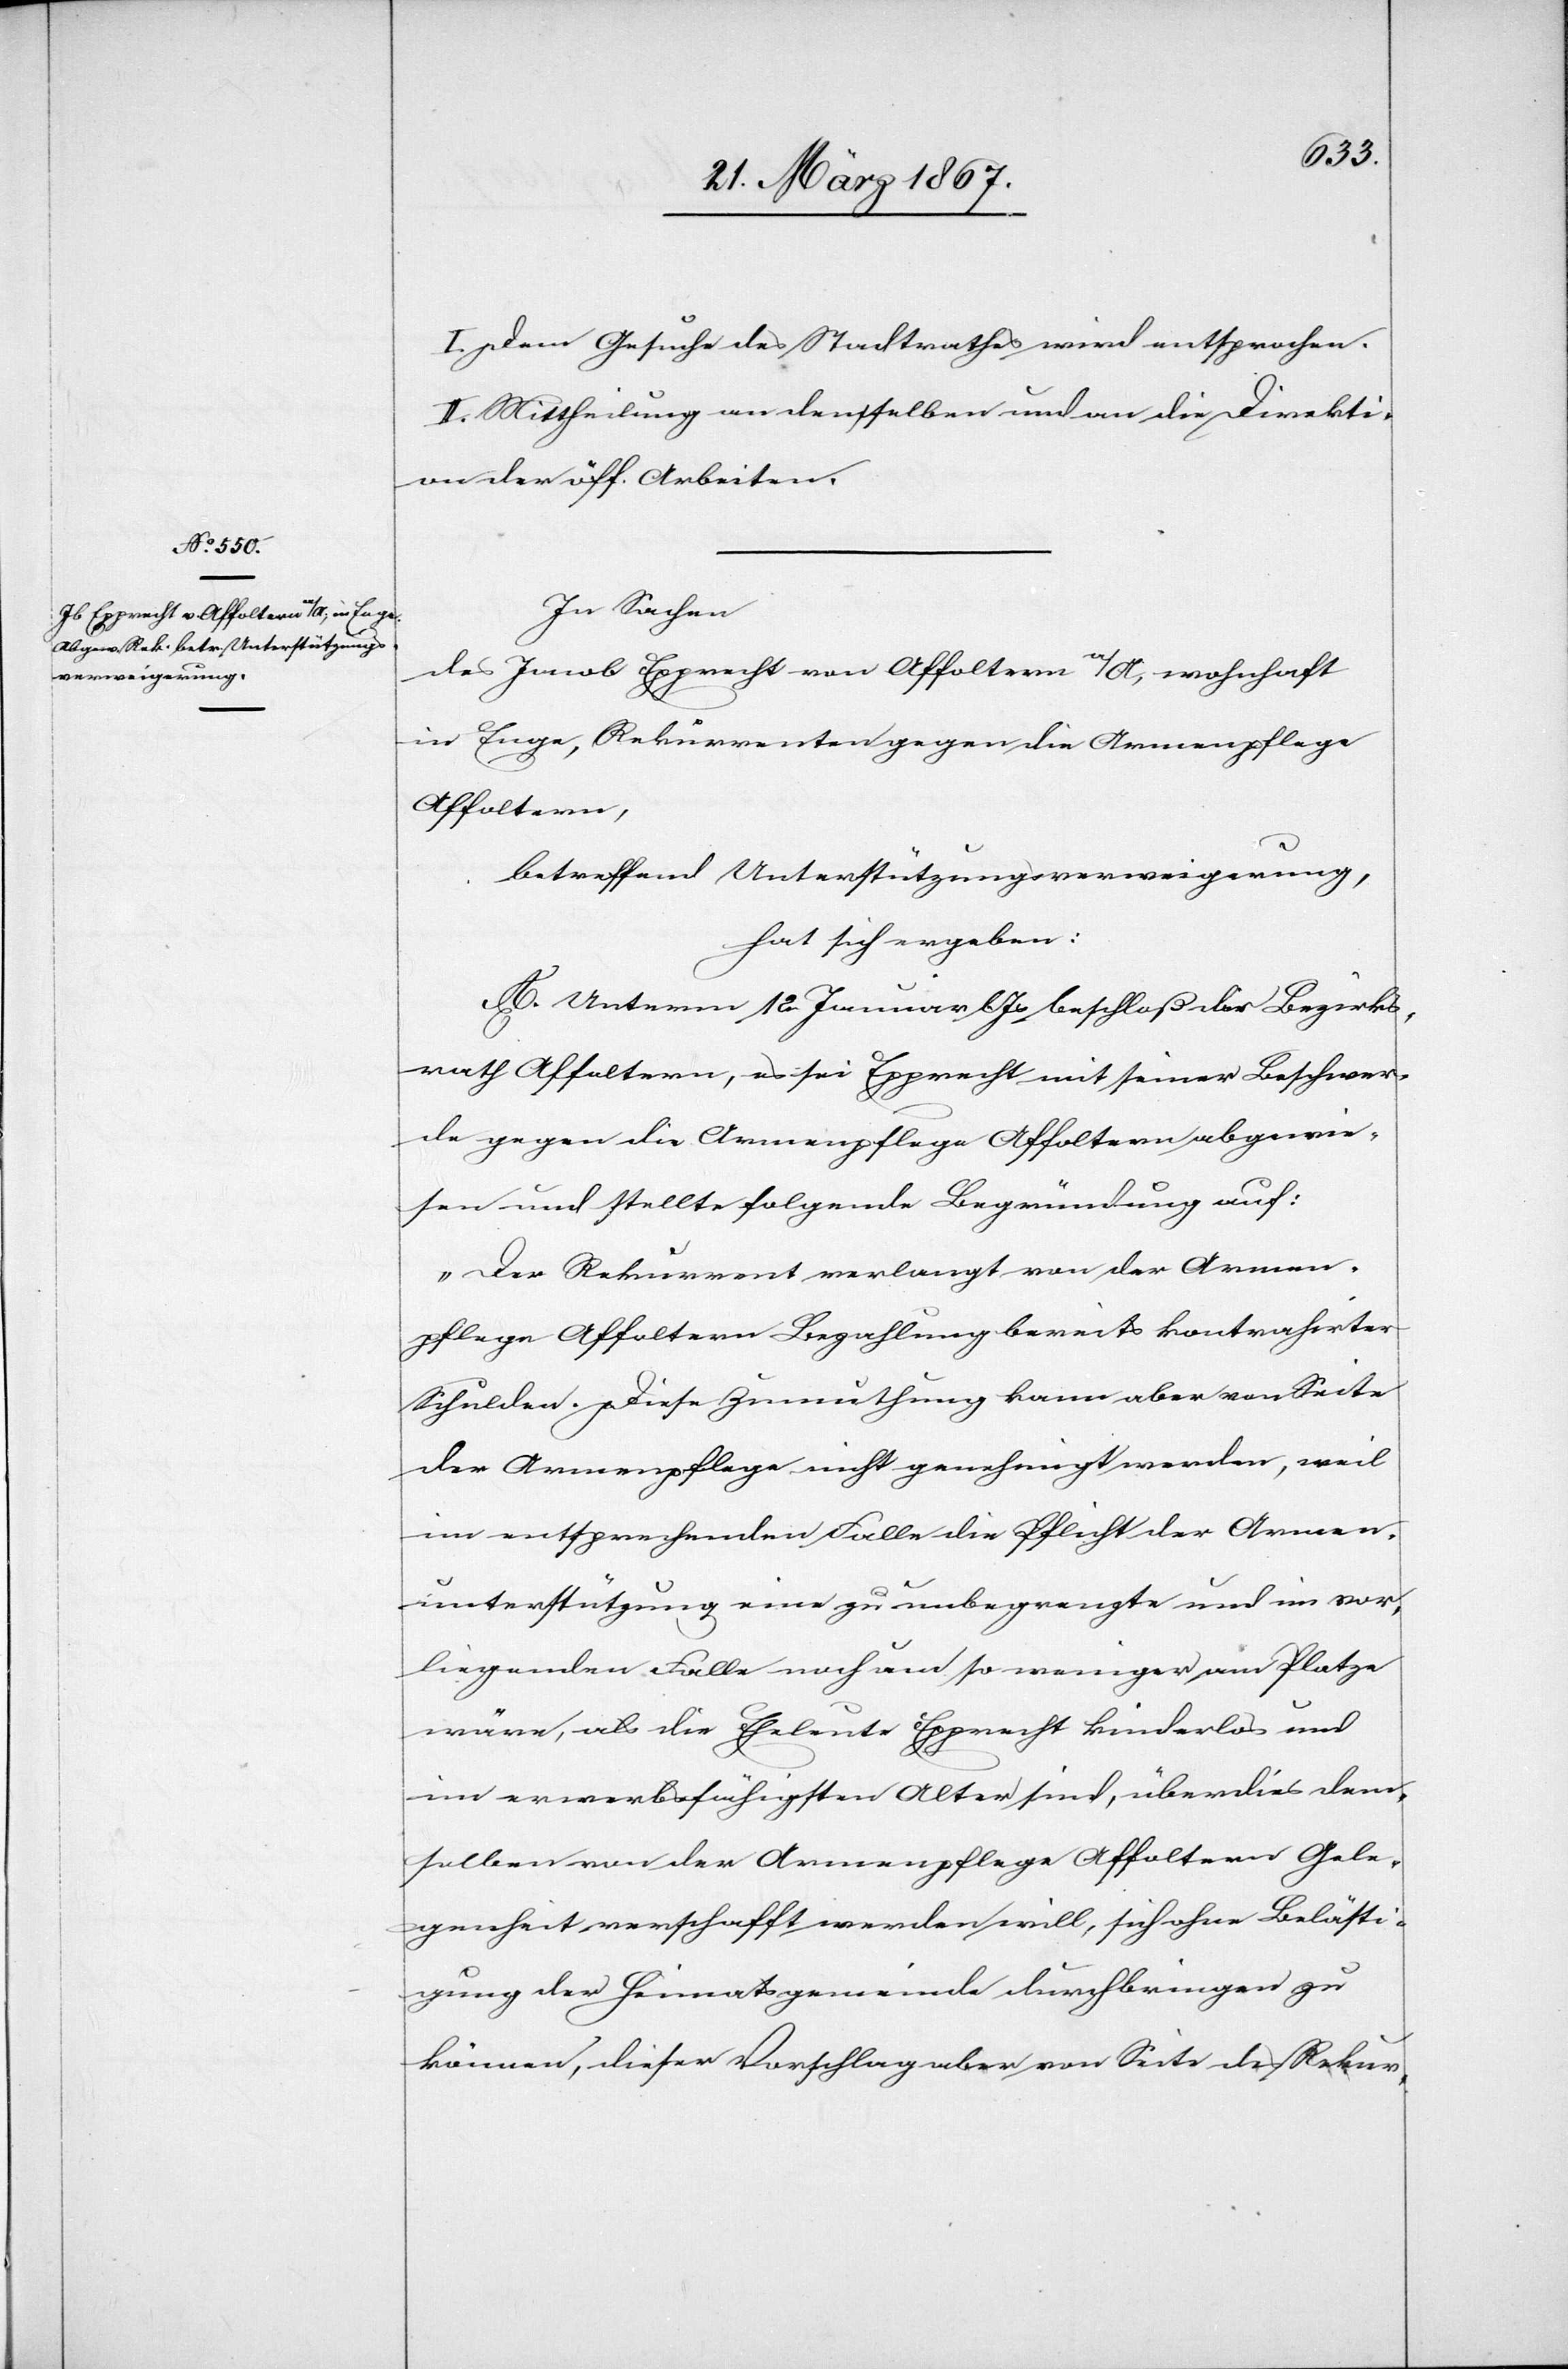
I. Dem Gesuche des Stadtrathes wird entsprochen.
II. Mittheilung an denselben und an die Direkti¬
on der öff. Arbeiten.
In Sachen
des Jacob Epprecht von Affoltern a/A, wohnhaft
in Enge, Rekurrenten gegen die Armenpflege
Affoltern,
betreffend Unterstützungsverweigerung,
hat sich ergeben:
A. Unterm 12. Januar l. Js beschloß der Bezirks¬
rath Affoltern, es sei Epprecht mit seiner Beschwer¬
de gegen die Armenpflege Affoltern abgewie¬
sen und stellte folgende Begründung auf:
„Der Rekurrent verlangt von der Armen¬
pflege Affoltern Bezahlung bereits kontrahirter
Schulden. Diese Zumuthung kann aber von Seite
der Armenpflege nicht genehmigt werden, weil
im entsprechenden Falle die Pflicht der Armen¬
unterstützung eine zu unbegrenzte und im vor¬
liegenden Falle noch um so weniger am Platze
wäre, als die Eheleute Epprecht kinderlos und
im erwerbsfähigsten Alter sind, überdies dem¬
selben von der Armenpflege Affoltern Gele¬
genheit verschafft werden will, sich ohne Belästi¬
gung der Heimatsgemeinde durchbringen zu
können, dieser Vorschlag aber von Seite des Rekur-